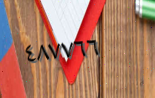
٤٨٧٧٦٦